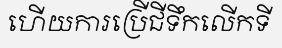
ហើយការប្រើជីទឹកលើកទី